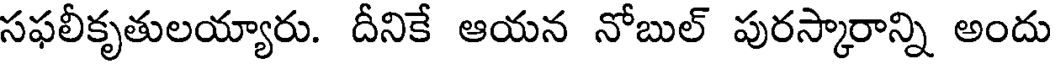
సఫలీకృతులయ్యారు. దీనికే ఆయన నోబుల్ పురస్కారాన్ని అందు